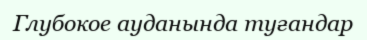
Глубокое ауданында туғандар